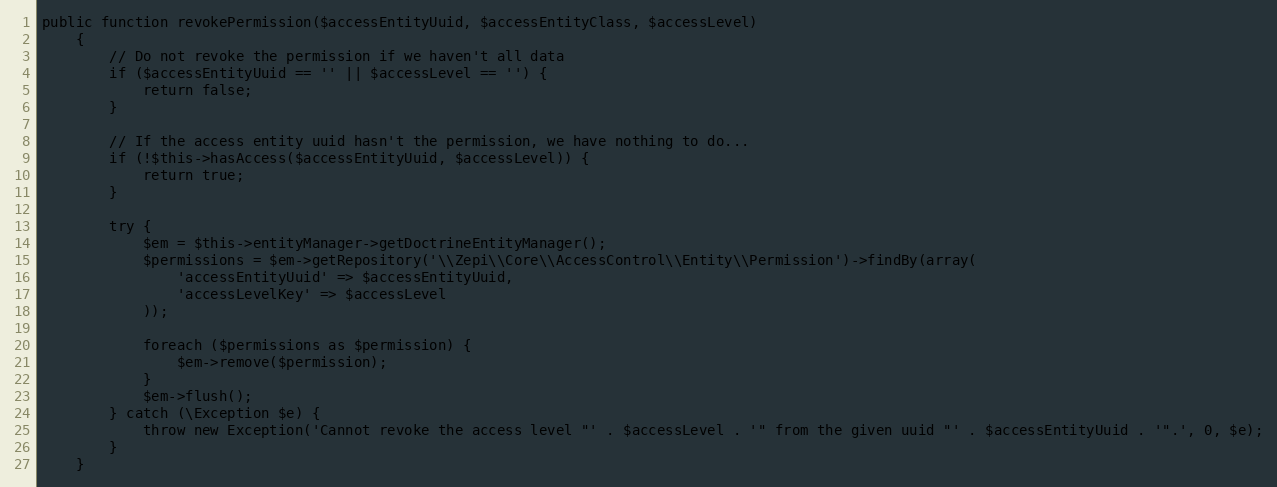
Language: PHP
public function revokePermission($accessEntityUuid, $accessEntityClass, $accessLevel)
    {
        // Do not revoke the permission if we haven't all data
        if ($accessEntityUuid == '' || $accessLevel == '') {
            return false;
        }

        // If the access entity uuid hasn't the permission, we have nothing to do...
        if (!$this->hasAccess($accessEntityUuid, $accessLevel)) {
            return true;
        }

        try {
            $em = $this->entityManager->getDoctrineEntityManager();
            $permissions = $em->getRepository('\\Zepi\\Core\\AccessControl\\Entity\\Permission')->findBy(array(
                'accessEntityUuid' => $accessEntityUuid,
                'accessLevelKey' => $accessLevel
            ));

            foreach ($permissions as $permission) {
                $em->remove($permission);
            }
            $em->flush();
        } catch (\Exception $e) {
            throw new Exception('Cannot revoke the access level "' . $accessLevel . '" from the given uuid "' . $accessEntityUuid . '".', 0, $e);
        }
    }